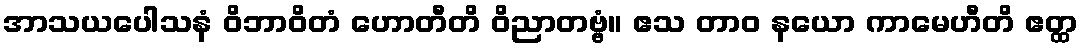
အာသယပေါသနံ ဝိဘာဝိတံ ဟောတီတိ ဝိညာတဗ္ဗံ။ ဧသ တာဝ နယော ကာမေဟီတိ ဧတ္ထ